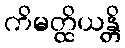
ကိမတ္ထိယန္တိ